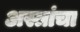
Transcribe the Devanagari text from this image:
अस्त्रांचा